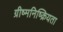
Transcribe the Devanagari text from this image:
ग्रीष्मनिष्क्रियता